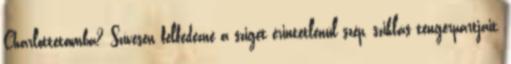
Charlottetownba? Szívesen felfedezné a sziget érintetlenül szép, sziklás tengerpartjait,